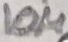
Text: 10µ